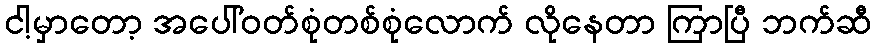
ငါ့မှာတော့ အပေါ်ဝတ်စုံတစ်စုံလောက် လိုနေတာ ကြာပြီ ဘက်ဆီ